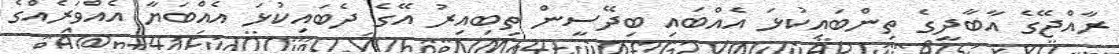
ރާއްޖޭގެ އާބާދީގެ ތިންބައިކުޅަ އެއްބައި ބިދޭސީން ތިބިއިރު އޭގެ ދެބައިކުޅަ އެއްބަޔާ އެއްވަރެއްގެ